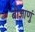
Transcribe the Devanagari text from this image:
बीजाणुं